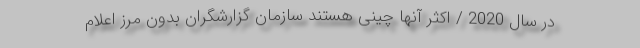
در سال 2020 / اکثر آنها چینی هستند سازمان گزارشگران بدون مرز اعلام